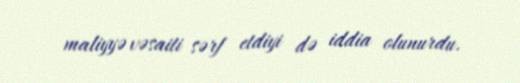
maliyyə vəsaiti sərf etdiyi də iddia olunurdu.